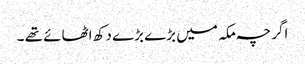
اگر چہ مکہ میں بڑے بڑے دکھ اٹھائے تھے ۔